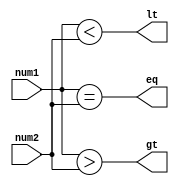
module comparator (
    input [31:0] num1,
    input [31:0] num2,
    output eq,
    output gt,
    output lt
);

assign eq = (num1 == num2);
assign gt = (num1 > num2);
assign lt = (num1 < num2);

endmodule